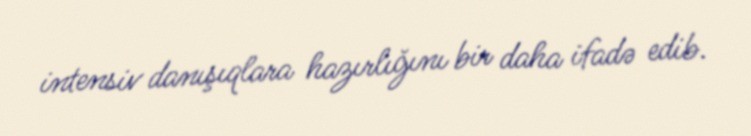
intensiv danışıqlara hazırlığını bir daha ifadə edib.